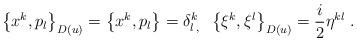
LaTeX: \begin{align*}\left\{ x^{k},p_{l}\right\} _{D(u)}=\left\{ x^{k},p_{l}\right\} =\delta_{l\,,}^{k}\;\;\left\{ \xi ^{k},\xi ^{l}\right\} _{D(u)}=\frac{i}{2}\eta^{kl}\;.\end{align*}